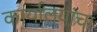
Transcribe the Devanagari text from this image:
कार्यालयांचा